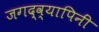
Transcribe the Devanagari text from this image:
जगद्व्यापिनीं